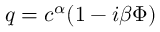
q = c ^ { \alpha } ( 1 - i \beta \Phi )